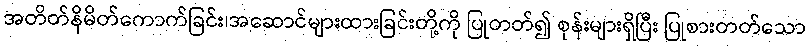
အတိတ်နိမိတ်ကောက်ခြင်း၊အဆောင်များထားခြင်းတို့ကို ပြုတတ်၍ စုန်းများရှိပြီး ပြုစားတတ်သော